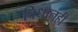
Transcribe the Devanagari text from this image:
विधानही